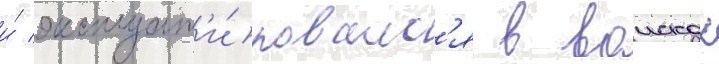
и́ эксплуат'и́ровалс'я в воисках